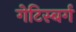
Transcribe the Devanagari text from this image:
गेटिस्बर्ग